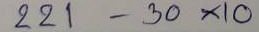
221 - 30 x 10